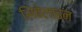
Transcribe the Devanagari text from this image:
सिंबेलाइन